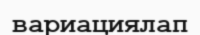
вариациялап